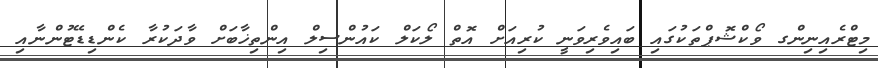
މިޓްރެއިނިންގ ވޯކްޝޮޕްތަކުގައި ބައިވެރިވަނީ ކުރިއަށް އޮތް ލޯކަލް ކައުންސިލް އިންތިޚާބަށް ވާދަކުރާ ކެންޑިޑޭޓުންނާއި